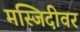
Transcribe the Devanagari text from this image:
मस्जिदीवर